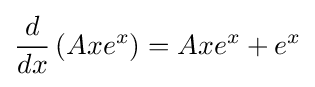
{\frac {d}{dx}}\left(Axe^{x}\right)=Axe^{x}+e^{x}